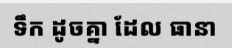
ទឹក ដូចគ្នា ដែល ធានា